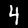
Digit: 4